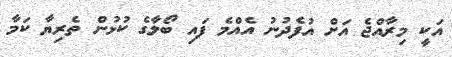
އަކީ މިރާއްޖެ އަށް އުފެދުނު އެއްމެ ފައި ބޯލާގެ ކުޅުން ތެރިޔާ ކަމާ